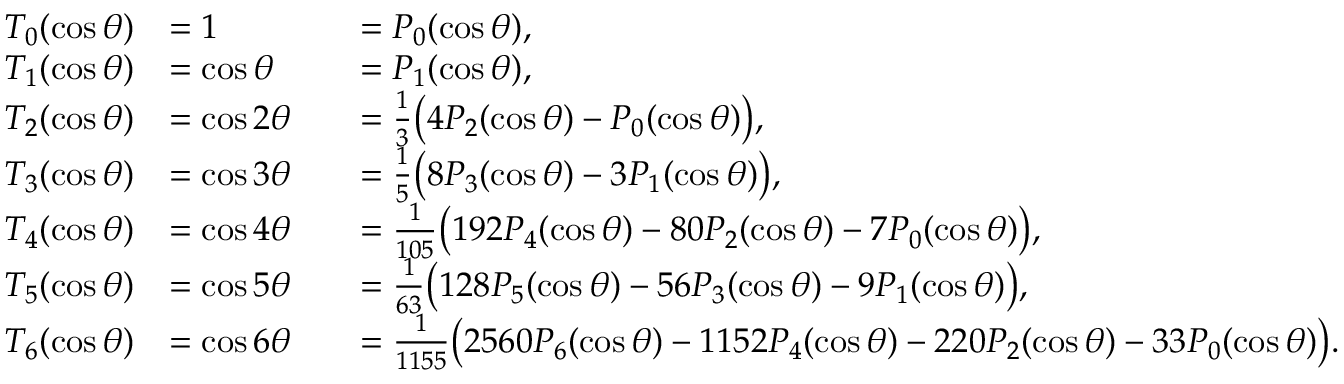
{ \begin{array} { r l r l } { T _ { 0 } ( \cos \theta ) } & { = 1 } & & { = P _ { 0 } ( \cos \theta ) , } \\ { T _ { 1 } ( \cos \theta ) } & { = \cos \theta } & & { = P _ { 1 } ( \cos \theta ) , } \\ { T _ { 2 } ( \cos \theta ) } & { = \cos 2 \theta } & & { = { \frac { 1 } { 3 } } { \bigl ( } 4 P _ { 2 } ( \cos \theta ) - P _ { 0 } ( \cos \theta ) { \bigr ) } , } \\ { T _ { 3 } ( \cos \theta ) } & { = \cos 3 \theta } & & { = { \frac { 1 } { 5 } } { \bigl ( } 8 P _ { 3 } ( \cos \theta ) - 3 P _ { 1 } ( \cos \theta ) { \bigr ) } , } \\ { T _ { 4 } ( \cos \theta ) } & { = \cos 4 \theta } & & { = { \frac { 1 } { 1 0 5 } } { \bigl ( } 1 9 2 P _ { 4 } ( \cos \theta ) - 8 0 P _ { 2 } ( \cos \theta ) - 7 P _ { 0 } ( \cos \theta ) { \bigr ) } , } \\ { T _ { 5 } ( \cos \theta ) } & { = \cos 5 \theta } & & { = { \frac { 1 } { 6 3 } } { \bigl ( } 1 2 8 P _ { 5 } ( \cos \theta ) - 5 6 P _ { 3 } ( \cos \theta ) - 9 P _ { 1 } ( \cos \theta ) { \bigr ) } , } \\ { T _ { 6 } ( \cos \theta ) } & { = \cos 6 \theta } & & { = { \frac { 1 } { 1 1 5 5 } } { \bigl ( } 2 5 6 0 P _ { 6 } ( \cos \theta ) - 1 1 5 2 P _ { 4 } ( \cos \theta ) - 2 2 0 P _ { 2 } ( \cos \theta ) - 3 3 P _ { 0 } ( \cos \theta ) { \bigr ) } . } \end{array} }